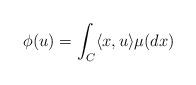
LaTeX: \begin{align*}\phi(u) = \int_C \langle x, u \rangle \mu (d x)\end{align*}